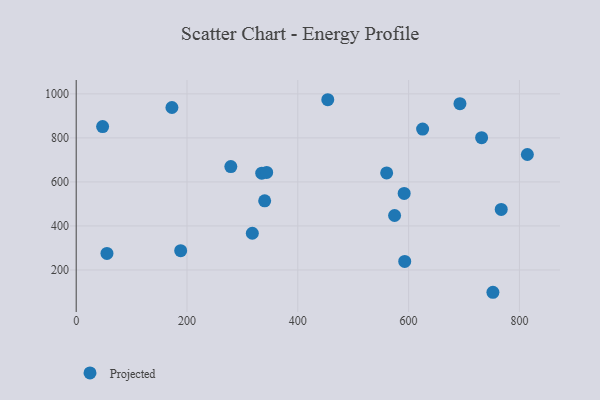
{"axis": {"x": "Engine Size", "y": "Yield"}, "legend": ["Projected"], "data": [{"x": "279.1", "y": 669.8, "type": "Projected"}, {"x": "317.9", "y": 366.8, "type": "Projected"}, {"x": "55.5", "y": 275.1, "type": "Projected"}, {"x": "47.7", "y": 851.4, "type": "Projected"}, {"x": "172.8", "y": 938.0, "type": "Projected"}, {"x": "340.2", "y": 514.0, "type": "Projected"}, {"x": "767.2", "y": 475.1, "type": "Projected"}, {"x": "731.8", "y": 801.0, "type": "Projected"}, {"x": "334.9", "y": 639.5, "type": "Projected"}, {"x": "592.0", "y": 547.6, "type": "Projected"}, {"x": "560.4", "y": 640.7, "type": "Projected"}, {"x": "814.4", "y": 724.6, "type": "Projected"}, {"x": "574.7", "y": 447.5, "type": "Projected"}, {"x": "343.8", "y": 643.0, "type": "Projected"}, {"x": "752.2", "y": 98.6, "type": "Projected"}, {"x": "593.0", "y": 238.6, "type": "Projected"}, {"x": "625.3", "y": 840.2, "type": "Projected"}, {"x": "188.6", "y": 287.8, "type": "Projected"}, {"x": "692.7", "y": 955.6, "type": "Projected"}, {"x": "454.1", "y": 973.4, "type": "Projected"}]}